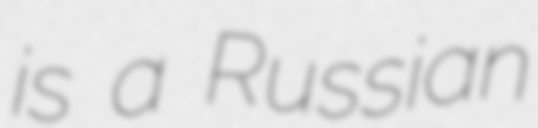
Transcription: is a Russian